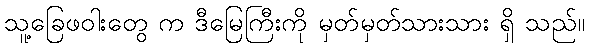
သူ့ခြေဖဝါးတွေ က ဒီမြေကြီးကို မှတ်မှတ်သားသား ရှိ သည်။